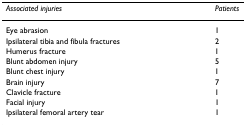
<table><thead><tr><td><b><i>Associated injuries</i></b></td><td><b><i>Patients</i></b></td></tr></thead><tbody><tr><td>Eye abrasion</td><td>1</td></tr><tr><td>Ipsilateral tibia and fibula fractures</td><td>2</td></tr><tr><td>Humerus fracture</td><td>1</td></tr><tr><td>Blunt abdomen injury</td><td>5</td></tr><tr><td>Blunt chest injury</td><td>1</td></tr><tr><td>Brain injury</td><td>7</td></tr><tr><td>Clavicle fracture</td><td>1</td></tr><tr><td>Facial injury</td><td>1</td></tr><tr><td>Ipsilateral femoral artery tear</td><td>1</td></tr></tbody></table>